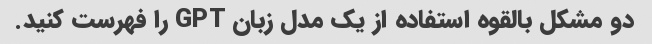
دو مشکل بالقوه استفاده از یک مدل زبان GPT را فهرست کنید.